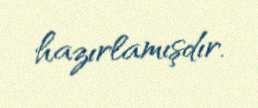
hazırlamışdır.